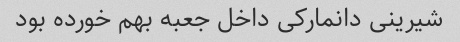
شیرینی دانمارکی داخل جعبه بهم خورده بود